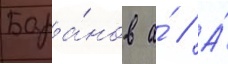
Бара́нов а́ // А́